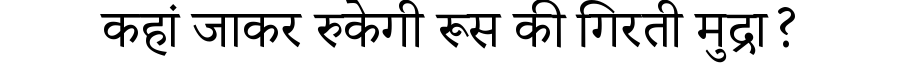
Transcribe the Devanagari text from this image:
कहां जाकर रुकेगी रूस की गिरती मुद्रा?